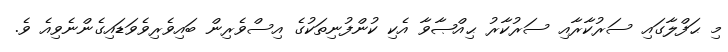
މި ޙަފްލާގައި ސަރުކާރާއި ސަރުކާރު ޙިއްޞާވާ އެކި ކުންފުނިތަކުގެ އިސްވެރިން ބައިވެރިވެވަޑައިގެންނެވިއެ ވެ.